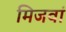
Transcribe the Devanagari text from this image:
मिजवां